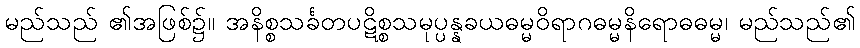
မည်သည် ၏အဖြစ်၌။ အနိစ္စသင်္ခတပဋိစ္စသမုပ္ပန္နခယဓမ္မဝိရာဂဓမ္မနိရောဓဓမ္မ၊ မည်သည်၏